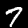
Label: 7